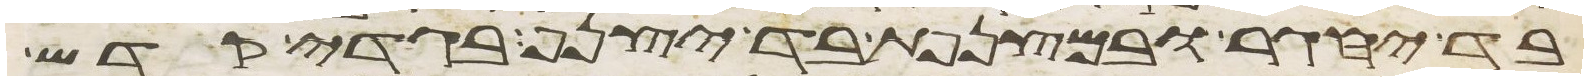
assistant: בד יחגר ובמצנפת בד יצנף בגדי קדש